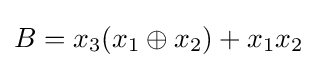
B=x_{3}(x_{1}\oplus x_{2})+x_{1}x_{2}